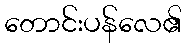
တောင်းပန်လေ၏